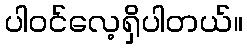
ပါဝင်လေ့ရှိပါတယ်။